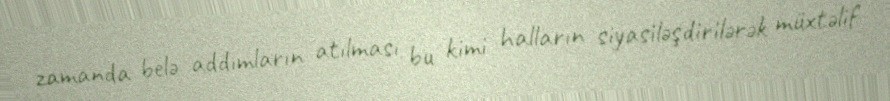
zamanda belə addımların atılması bu kimi halların siyasiləşdirilərək müxtəlif